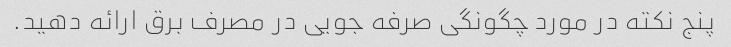
پنج نکته در مورد چگونگی صرفه جویی در مصرف برق ارائه دهید.